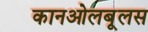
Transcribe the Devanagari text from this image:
कानओलबूलस